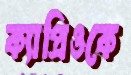
ক্যাপ্রিওকে